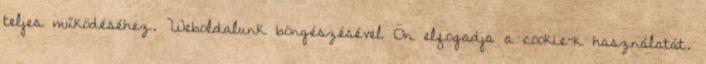
teljes működéséhez. Weboldalunk böngészésével Ön elfogadja a cookie-k használatát.